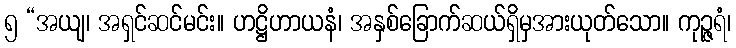
၅ “အယျ၊ အရှင်ဆင်မင်း။ ဟဋ္ဌိဟာယနံ၊ အနှစ်ခြောက်ဆယ်ရှိမှအားယုတ်သော။ ကုဉ္ဇရံ၊